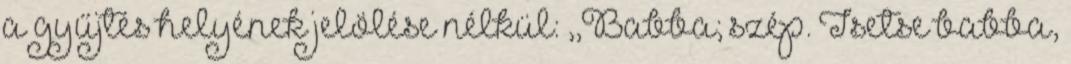
a gyűjtés helyének jelölése nélkül: ,,Babba; szép. Tsetse babba,